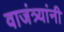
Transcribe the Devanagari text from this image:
वाजंत्र्यांनी